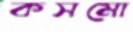
কসমো